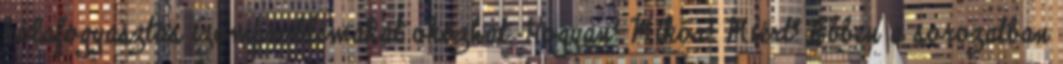
kólafogyasztás izomproblémákat okozhat. Hogyan? Mikor? Miért? Ebben a sorozatban